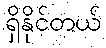
ရှိနိုင်တယ်